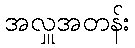
အလှူအတန်း